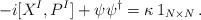
LaTeX: \begin{align*}-i[X^{I},P^{I}]+\psi\psi^{\dagger}=\kappa\,1_{N\times N}\,. \end{align*}